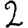
Digit: 2